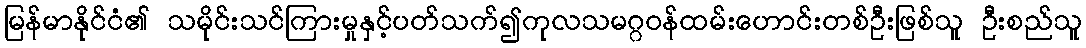
မြန်မာနိုင်ငံ၏ သမိုင်းသင်ကြားမှုနှင့်ပတ်သက်၍ကုလသမဂ္ဂဝန်ထမ်းဟောင်းတစ်ဦးဖြစ်သူ ဦးစည်သူ